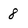
Character: 8